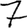
Digit: 7